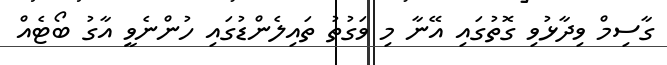
ގާސިމް ވިދާޅުވި ގޮތުގައި އޭނާ މި ވަގުތު ތައިލެންޑުގައި ހުންނެވީ އާގު ބޯޓެއް